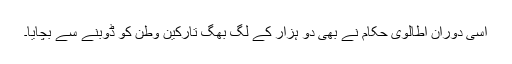
اسی دوران اطالوی حکام نے بھی دو ہزار کے لگ بھگ تارکين وطن کو ڈوبنے سے بچايا۔